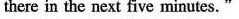
there in the next five minutes."